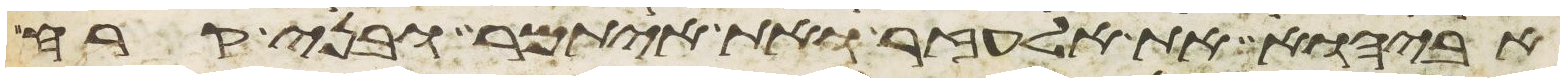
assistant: אביהוא את אלעזר ואת איתמר ובני קרח